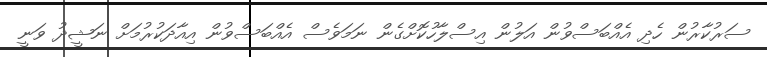
ސަރުކާރުން ހެދި އެއްބަސްވުން އަލުން އިސްލާހުކޮށްގެން ނަމަވެސް އެއްބަސްވުން އިއާދަކުރުމަށް ނަޝީދު ވަނީ